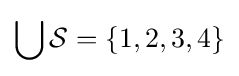
\bigcup {\mathcal {S}}=\{1,2,3,4\}